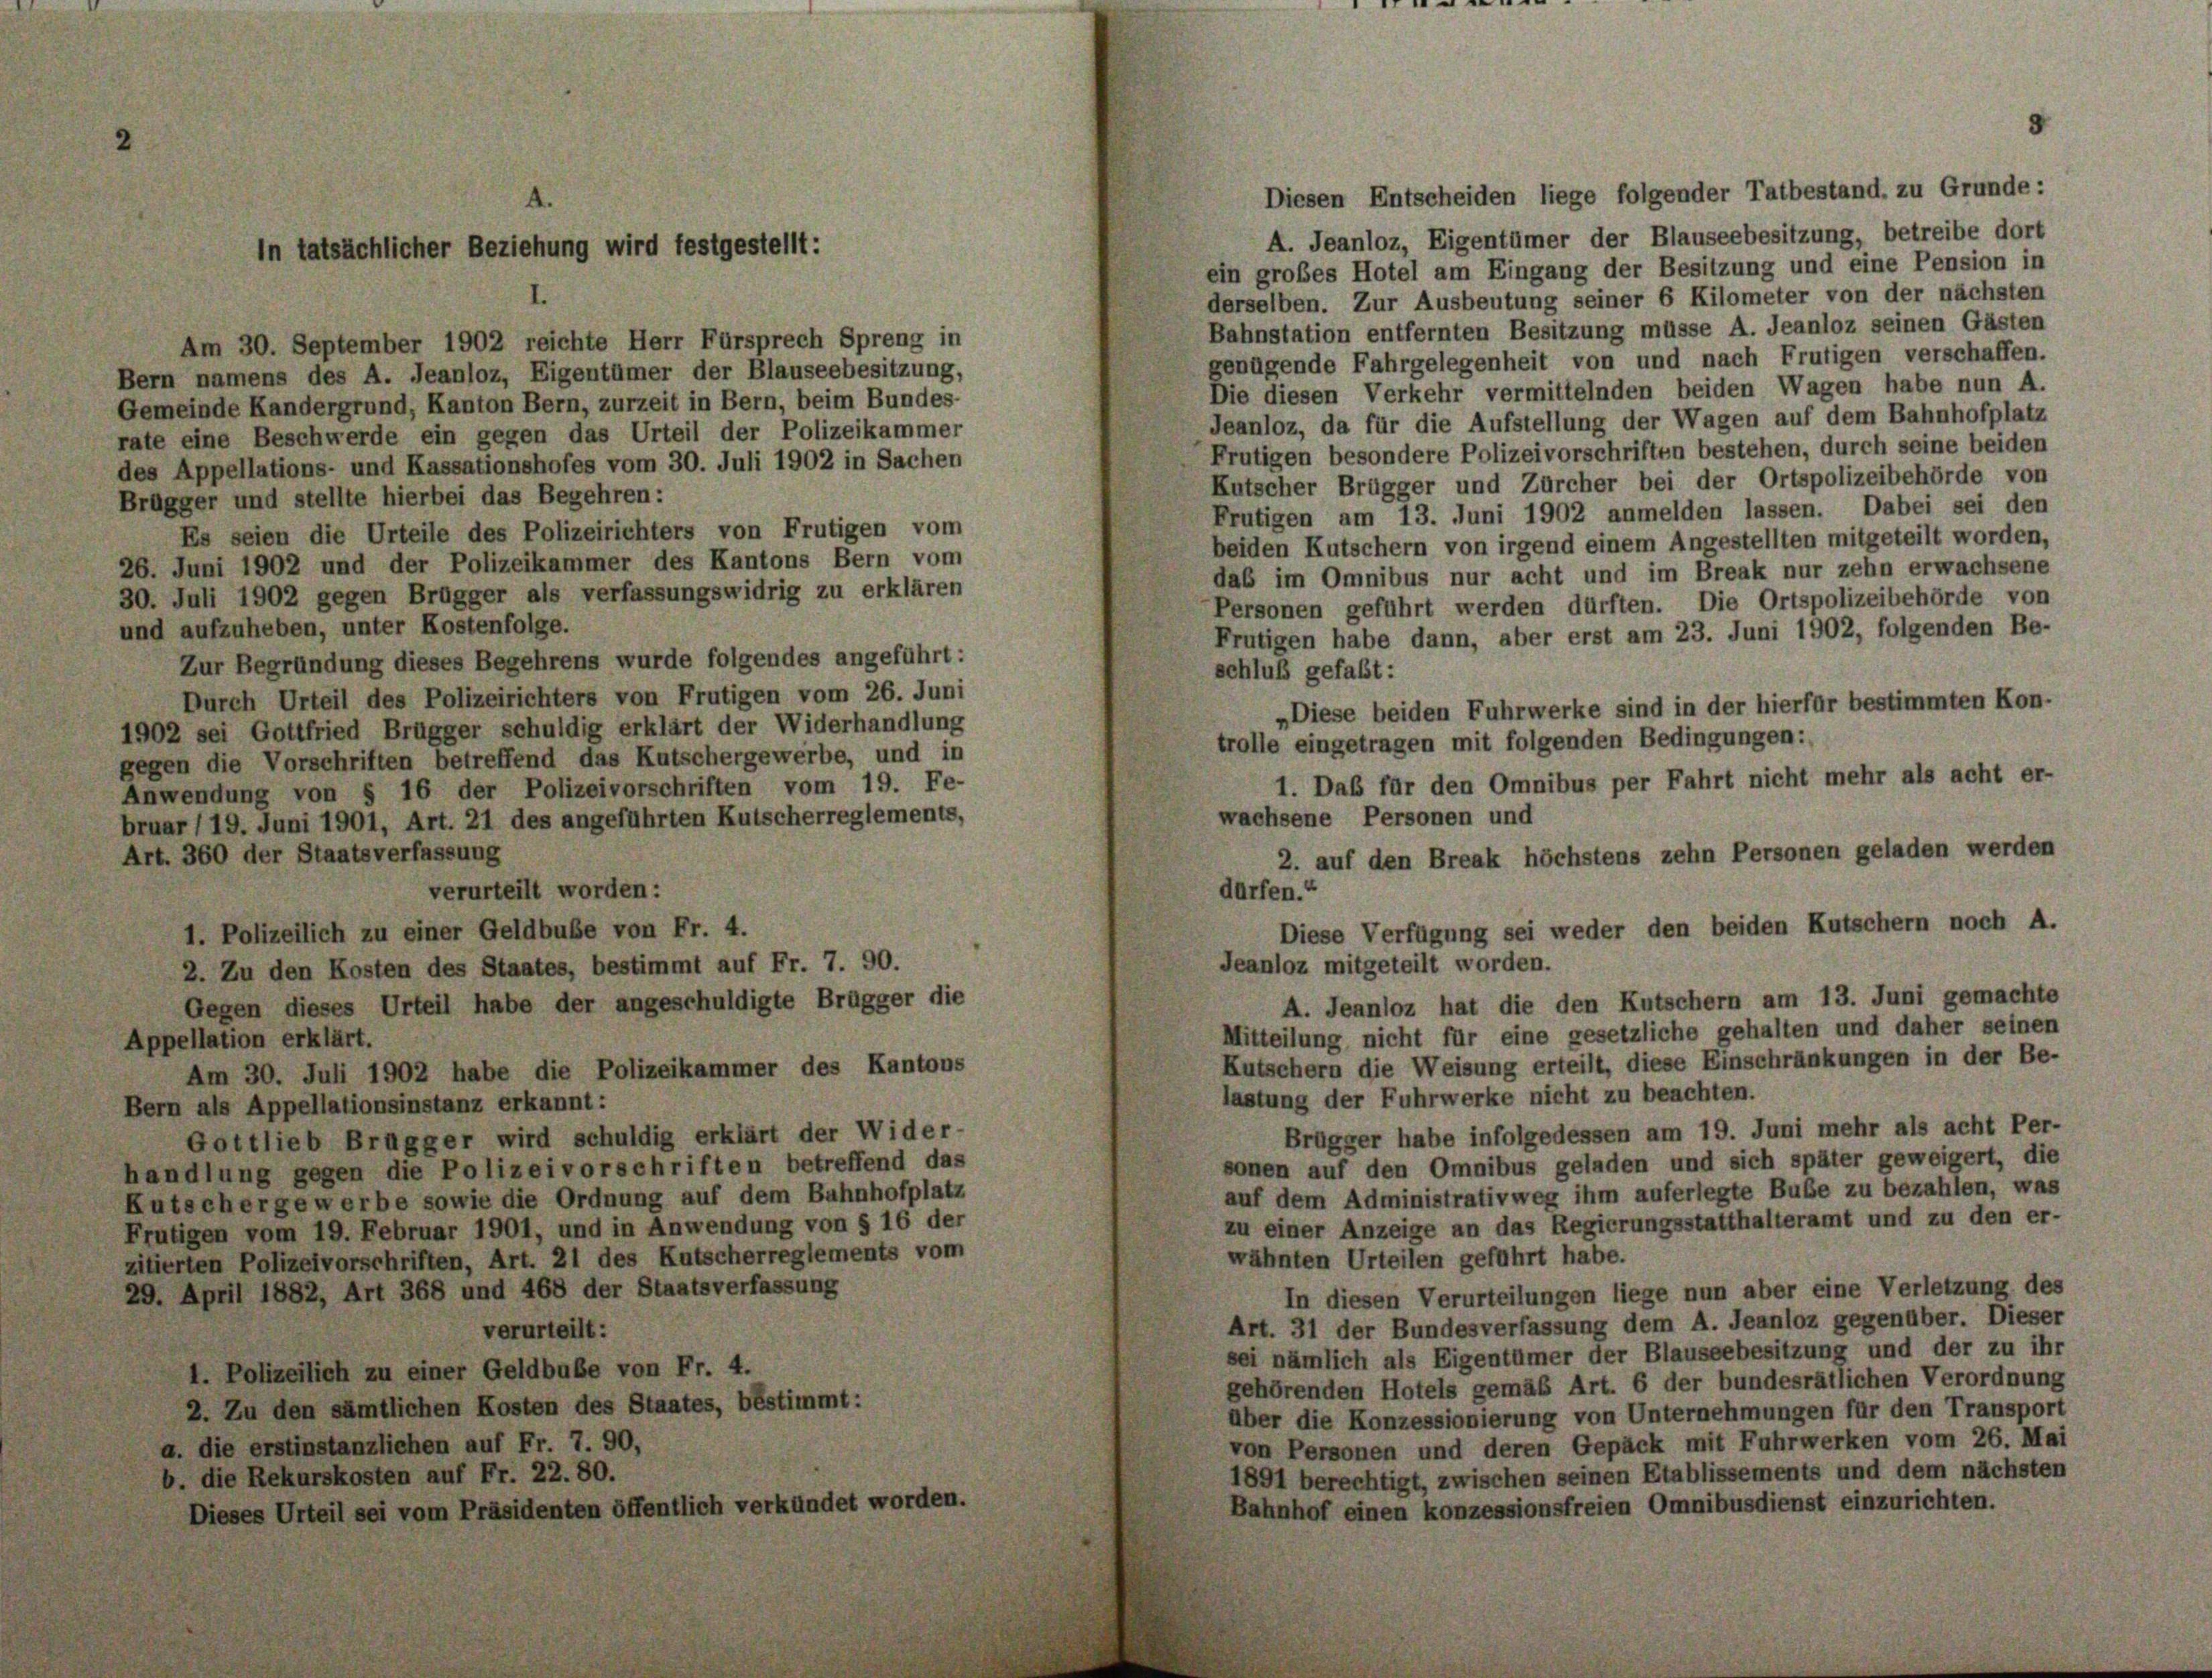
Am 30. September 1902 reichte Herr Fürsprech Spreng in
Bern namens des A. Jeanloz, Eigentümer der Blauseebesitzung,
Gemeinde Kandergrund, Kanton Bern, zurzeit in Bern, beim Bundes-
rate eine Beschwerde ein gegen das Urteil der Polizeikammer
des Appellations- und Kassationshofes vom 30. Juli 1902 in Sachen
Brügger und stellte hierbei das Begehren:
Es seien die Urteile des Polizeirichters von Frutigen vom
26. Juni 1902 und der Polizeikammer des Kantons Bern vom
30. Juli 1902 gegen Brügger als verfassungswidrig zu erklären
und aufzuheben, unter Kostenfolge.
Zur Begründung dieses Begehrens wurde folgendes angeführt:
Durch Urteil des Polizeirichters von Frutigen vom 26. Juni
1902 sei Gottfried Brügger schuldig erklärt der Widerhandlung
gegen die Vorschriften betreffend das Kutschergewerbe, und in
Anwendung von § 16 der Polizeivorschriften vom 19. Fe-
bruar (19. Juni 1901, Art. 21 des angeführten Kuts
Art. 360 der Staatsverfassung

andl

G

) Appellationsinstanz erkannt:
ttlieb Brugger wird schuldig erklärt der Wider-
ung gegen die Polizeivorschriften betreffend das
ergewerbe sowie die Ordnung auf dem Bahnhofplatz
1 vom 19. Februar 1901, und in A
Polizeivorschriften, Art. 21 des K
il 1882, Art 368 und 468 der Sta

h

er

ung wird festg

einer Geldbuße von Fr. 4.
n des Staates, bestimmt auf
habe der angeschuldigte Brügges

Fr. 7. 90.

m § 16 der

Diesen Entscheiden liege folgender Tatbestand, zu Grunde:
A. Jeanloz, Eigentümer der Blauseebesitzung, betreibe dort
ein grobes Hotel am Eingang der Besitzung und eine Pension in
derselben. Zur Ausbeutung seiner 6 Kilometer von der nächsten
Bahnstation entfernten Besitzung müsse A. Jeanloz seinen Gästen
genügende Fahrgelegenheit von und nach Frutigen verschaffen.
Die diesen Verkehr vermittelnden beiden Wagen habe nun A.
Jeanloz, da für die Aufstellung der Wagen auf dem Bahnhofplatz
Frutigen besondere Polizeivorschriften bestehen, durch seine beiden
Kutscher Brügger und Zürcher bei der Ortspolizeibehörde von
Frutigen am 13. Juni 1902 anmelden lassen. Dabei sei den
beiden Kutschern von irgend einem Angestellten mitgeteilt worden,
das im Omnibus nur acht und im Break nur zehn erwachsene
Personen geführt werden dürften. Die Ortspolizeibehörde von
Frutigen habe dann, aber erst am 23. Juni 1902, folgenden Be-
schluß gefaßt:
„Diese beiden Fuhrwerke sind in der hierfür bestimmten Kon-
trolle eingetragen mit folgenden Bedingungen:
1. Das für den Omnibus per Fahrt nicht mehr als acht er-
wachsene Personen und
2. auf den Break höchstens zehn Personen geladen werden
dürfen.“
Diese Verfügung sei weder den beiden Kutschern noch A.
Jeanloz mitgeteilt worden.
A. Jennloz hat die den Kutschern am 13. Juni gemachte
Mitteilung nicht für eine gesetzliche gehalten und daher seinen
Kutschern die Weisung erteilt, diese Einschränkungen in der Be-
lastung der Fuhrwerke nicht zu beachten.
Brügger habe infolgedessen am 19. Juni mehr als acht Per-
sonen auf den Omnibus geladen und sich später geweigert, die
auf dem Administrativweg ihm auferlegte Bube zu bezahlen, was
zu einer Anzeige an das Regierungsstatthalteramt und zu den er-
wähnten Urteilen geführt habe.
In diesen Verurteilungen liege nun aber eine Verletzung des
Art. 31 der Bundesverfassung dem A. Jeanloz gegenüber. Dieser
sei nämlich als Eigentümer der Blauseebesitzung und der zu ihr
gehörenden Hotels gemäß Art. 6 der bundesrätlichen Verordnung
über die Konzessionierung von Unternehmungen für den Transport
von Personen und deren Gepäck mit Fuhrwerken vom 26. Mai
1891 berechtigt, zwischen seinen Etablissements und dem nächsten
Bahnhof einen konzessionsfreien Omnibusdienst einzurichten.